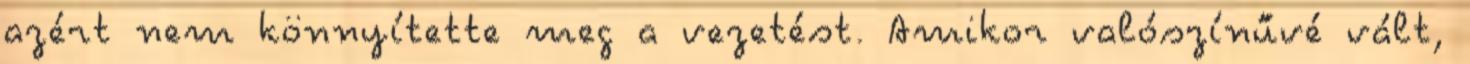
azért nem könnyítette meg a vezetést. Amikor valószínűvé vált,